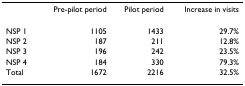
|  | Pre-pilot period | Pilot period | Increase in visits |
 | --- | --- | --- | --- |
 | NSP 1 | 1105 | 1433 | 29.7% |
 | NSP 2 | 187 | 211 | 12.8% |
 | NSP 3 | 196 | 242 | 23.5% |
 | NSP 4 | 184 | 330 | 79.3% |
 | Total | 1672 | 2216 | 32.5% |